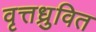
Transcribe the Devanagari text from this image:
वृत्तध्रुवित